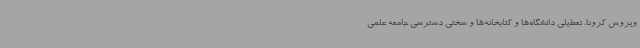
ویروس کرونا، تعطیلی دانشگاه‌ها و کتابخانه‌ها و سختی دسترسی جامعه علمی